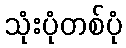
သုံးပုံတစ်ပုံ